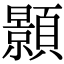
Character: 顥